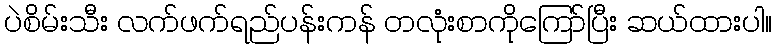
ပဲစိမ်းသီး လက်ဖက်ရည်ပန်းကန် တလုံးစာကိုကြော်ပြီး ဆယ်ထားပါ။